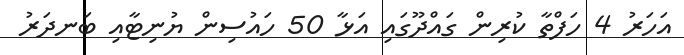
އަހަރު 4 ހަފްތާ ކުރިން ގައްދޫގައި އަޅާ 50 ހައުސިން ޔުނިޓާއި ބަނދަރު